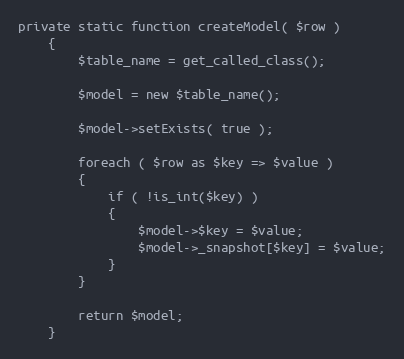
Language: PHP
private static function createModel( $row )
    {
        $table_name = get_called_class();

        $model = new $table_name();

        $model->setExists( true );

        foreach ( $row as $key => $value )
        {
            if ( !is_int($key) )
            {
                $model->$key = $value;
                $model->_snapshot[$key] = $value;
            }
        }

        return $model;
    }